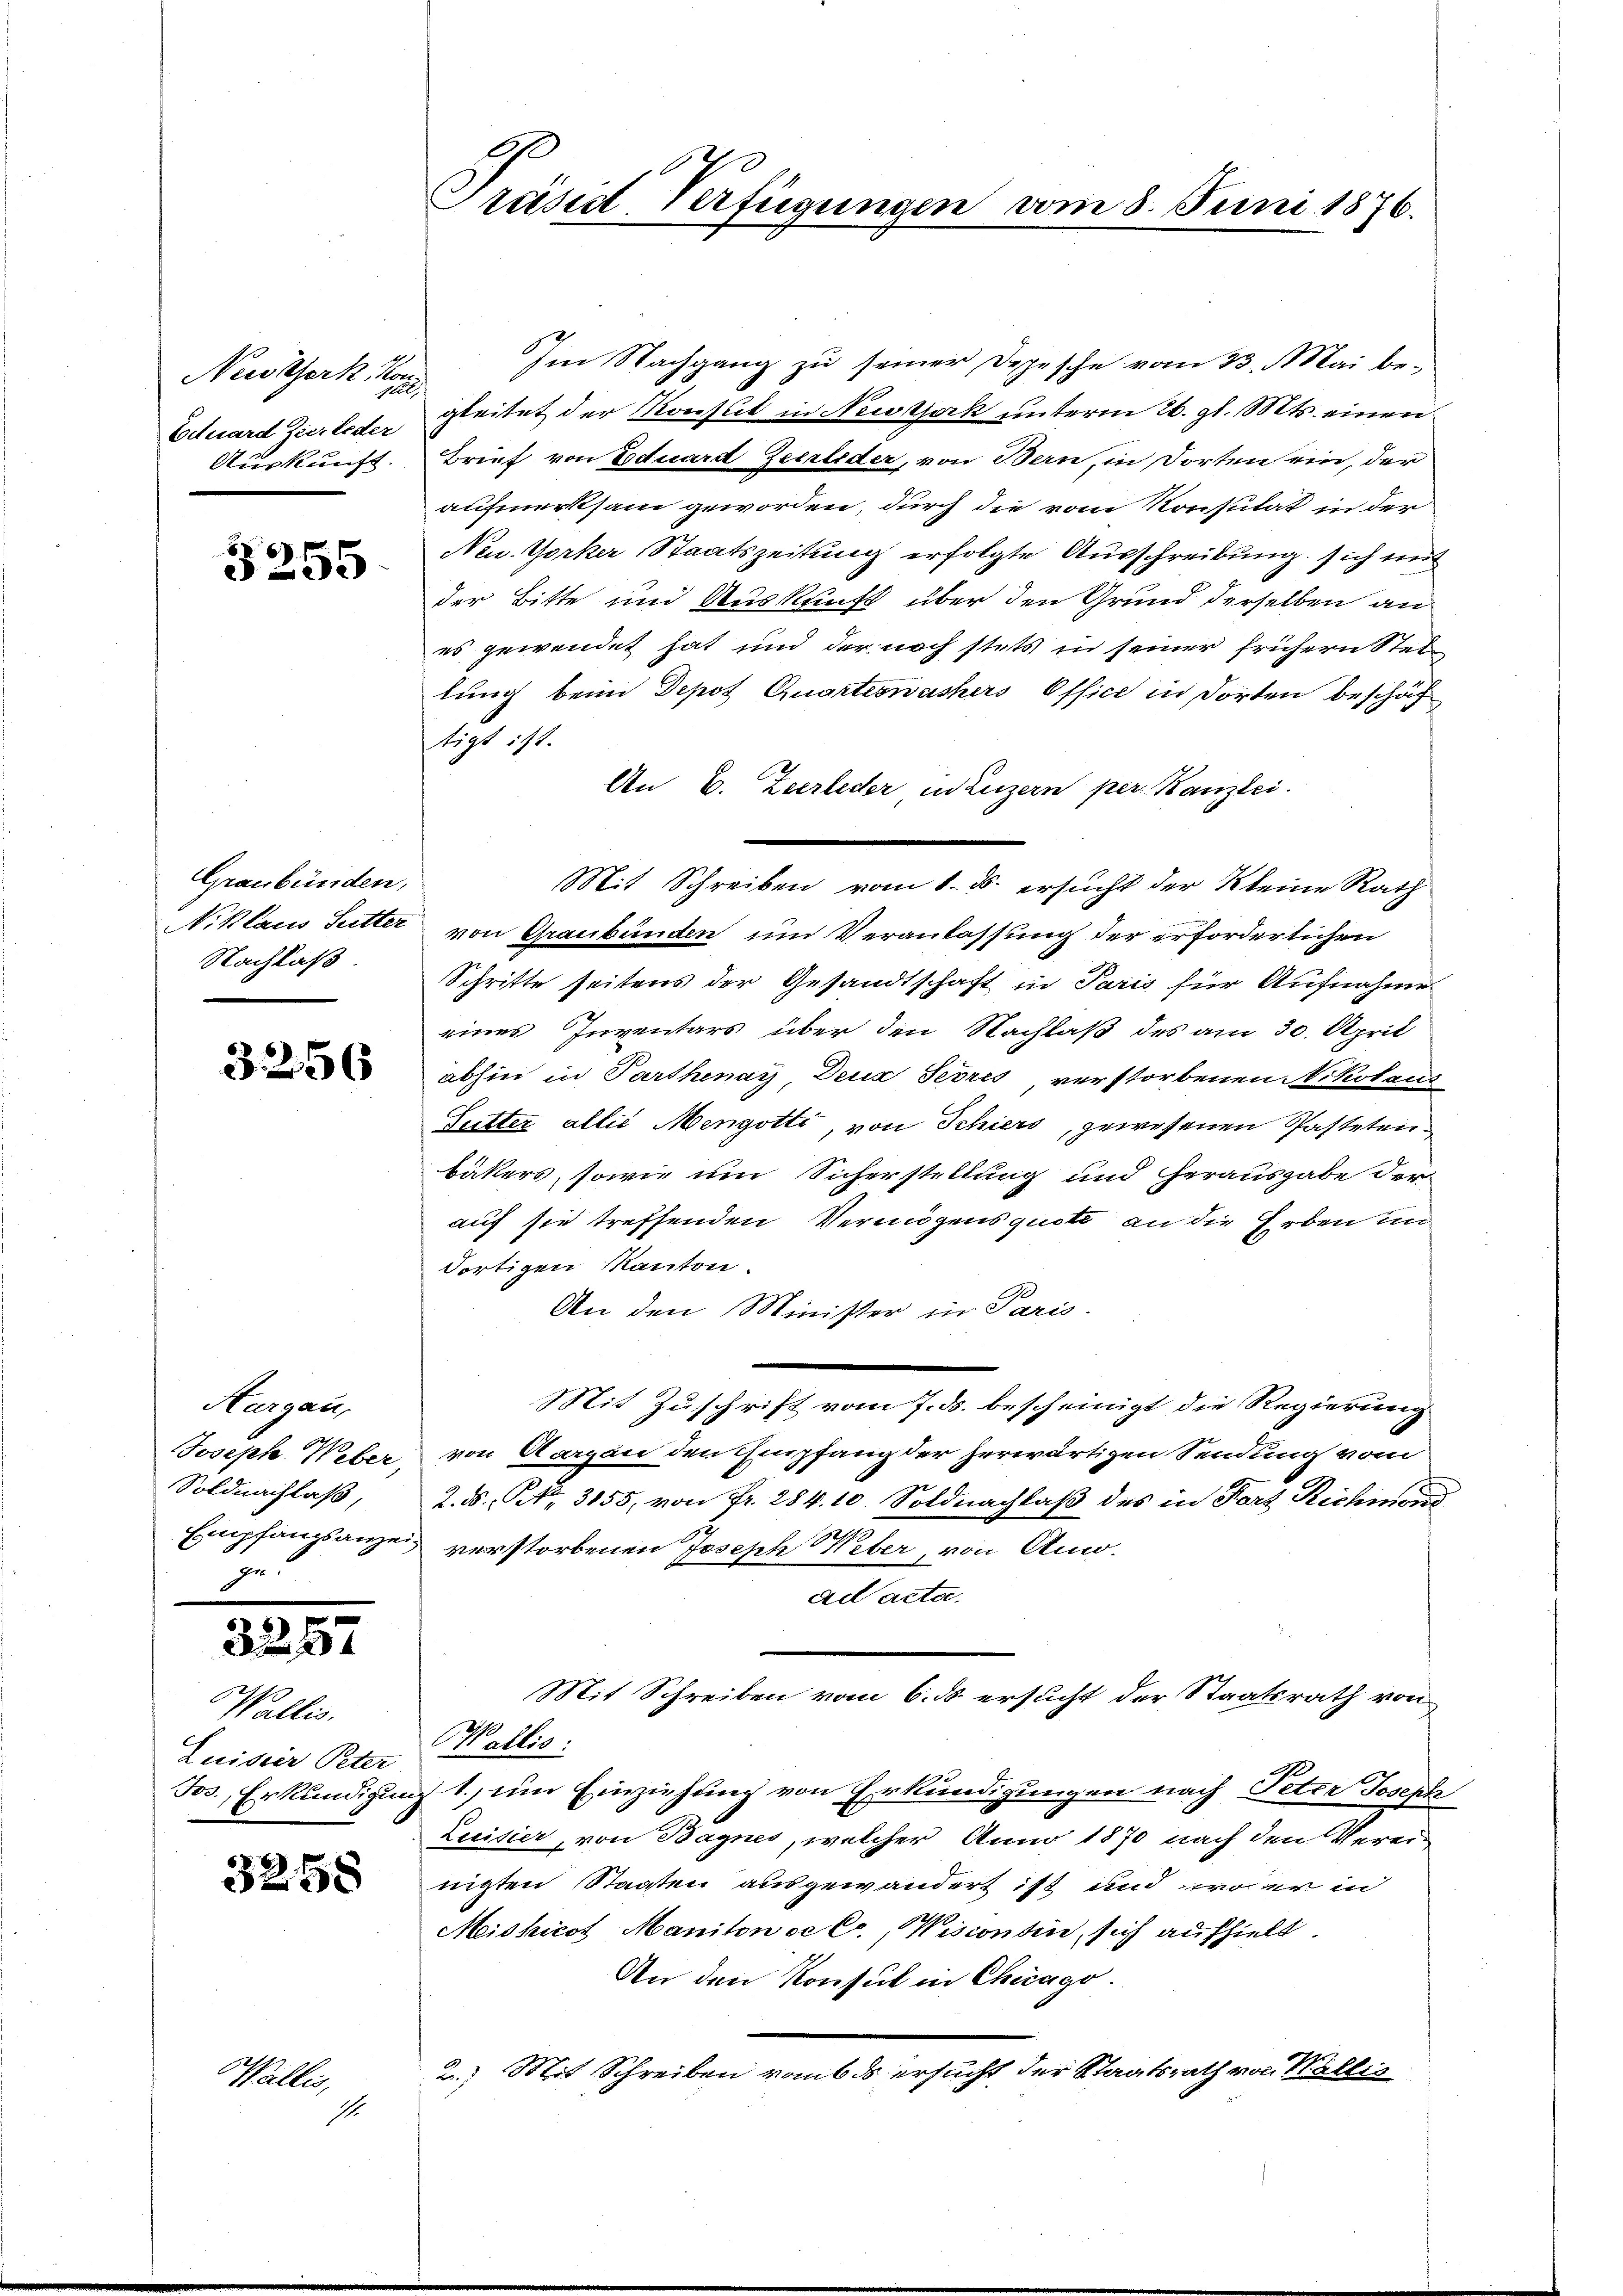
Newtork, Kon
l
Eduard Zierleder
Auskunft.

3255

Graubünden,
Nachlaß

3256

Aargau,
Joseph Weber,
Soldnachlaß,
ge

3.

257

Wallis.
Luisser Peter

3258

Wallis,

4.

Präsid-Verfügungen vom 8. Juni 1876.

Im Nachgang zu seiner Depesche vom 23. Mai begleitet der Konst in Newtjack unterm 26. gl. Mts. einen
Brief von Eduard Zeerleder, von Bern, in Dorten ein, der
aufmerksam geworden, durch die vom Konsulat in der
Neu. Gorker Staatszeitung erfolgte Ausschreibung sich mit
der Bitte und Auskunft über den Grund derselben an
es gewendet hat und der noch stets in seiner frühern Stellung beim Depot Quarteswachers Office in dorten beschäf
tigt ist.
An E. Zeerleder in Luzern per. Kanzlei.
Niklaus Sutter von Graubünden um Veranlassung der erforderlichen
Schritte seitens der Gesandtschaft in Paris für Aufnahme
eines Inventars über den Nachlaß des am 30. April
abhin in Parthenay Deux Terris verstorbenen Nikolaus
Sutter allié Mengotti, von Schiers, gewesenen Pastetenbäkers, sowie um Sicherstellung und herausgabe der
auf sie treffenden Vermögensquote an die Erben un
dortigen Kanton.
An den Minister in Paris.
Mit Zuschrift vom 7. ds. bescheinigt die Regierung
von Aargau den Empfang der herwärtigen Sendung vom
2. ds. No. 3155, von Fr. 284. 10. Soldnachlaß des in Fort Richmond
Empfangsanzen verstorbenen Joseph Weber, von Anw
ad acta.
Mit Schreiben vom 6. ds ersucht der Staatsrath von
Wallis:
Jos. Erkundigung 1., um Einziehung von Erkundigungen nach Peter Joseph
Luisier, von Bagnes, welcher Anno 1870 nach den Vereinigten Staaten ausgewandert ist und wo er in
Miskicot Manitowse Cc., Wiscontin, sich aufhielt.
An den Konsul in Chicago.
2. Mit Schreiben vom ds ersucht der Staatsrath von Wallis

Mit Schreiben vom 1. ds. ersucht der Kleine Rath